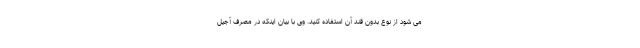
می شود از نوع بدون قند آن استفاده کنید. وی با بیان اینکه در مصرف آجیل